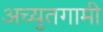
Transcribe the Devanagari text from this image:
अच्युतगामी